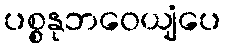
ပစ္စနုဘဝေယျံပေ